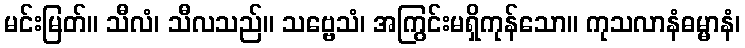
မင်းမြတ်။ သီလံ၊ သီလသည်။ သဗ္ဗေသံ၊ အကြွင်းမရှိကုန်သော။ ကုသလာနံဓမ္မာနံ၊